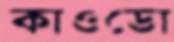
কাওডো